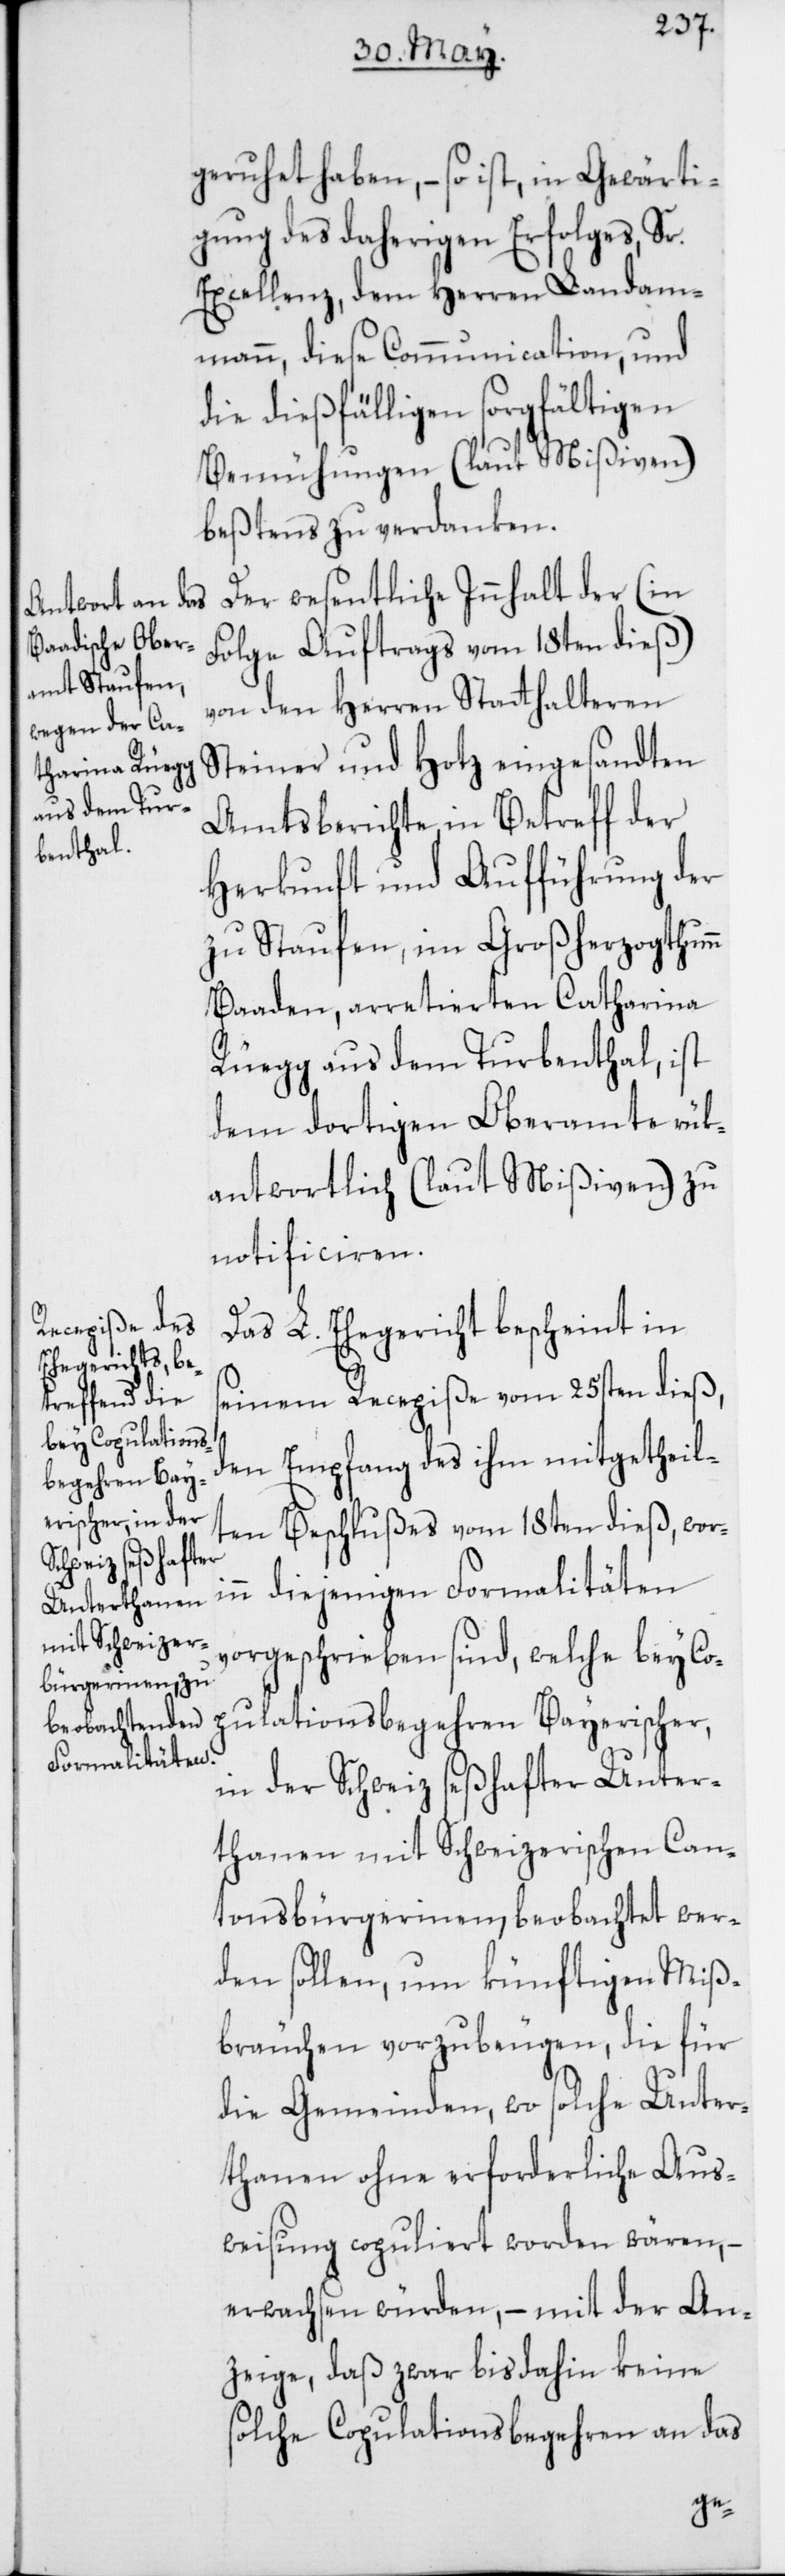
geruhet haben, – so ist, in Gewärti¬
gung des daherigen Erfolges, Sr.
Excellenz, dem Herren Landam¬
mann, diese Communication, und
die dießfälligen sorgfältigen
Bemühungen (laut Mißiven)
beßtens zu verdanken.
Der wesentliche Innhalt der (in
Folge Auftrags vom 18ten dieß)
von den Herren Stathalteren
Steiner und Hotz eingesandten
Amtsberichte in Betreff der
Herkunft und Aufführung der
zu Staufen, im Großherzogthumm
Baaden arretierten Catharina
Rüegg aus dem Turbenthal, ist
dem dortigen Oberamte rük¬
antwortlich (laut Mißiven) zu
notificieren.
Das L. Ehegericht bescheint in
seinem Recepiße vom 25sten dieß,
den Empfang des ihm mitgetheil¬
ten Beschlußes vom 18ten dieß, wori¬
nn diejenigen Formalitäten
vorgeschrieben sind, welche bey Co¬
pulationsbegehren Bayerischer,
in der Schweiz seßhafter Unter¬
thanen mit Schweizerischen Can¬
tonsbürgerinnen, beobachtet wer¬
den sollen, um künftigen Miß¬
bräuchen vorzubeugen, die für
die Gemeinden, wo solche Unter¬
thanen ohne erforderliche Aus¬
weisung copuliert worden wären, –
erwachsen würden, – mit der An¬
zeige, daß zwar bis dahin keine
solche Copulationsbegehren an das